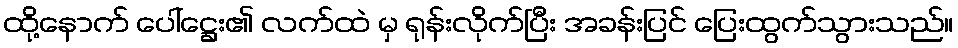
ထို့နောက် ပေါ်ဋ္ဌေး၏ လက်ထဲ မှ ရုန်းလိုက်ပြီး အခန်းပြင် ပြေးထွက်သွားသည်။